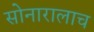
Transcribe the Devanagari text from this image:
सोनारालाच